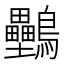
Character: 𪈦